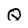
Character: Q